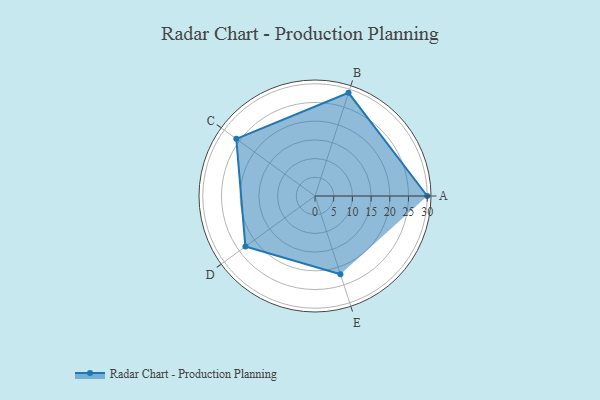
{"axis": {"x": "Skill", "y": "Score"}, "legend": ["Profile"], "data": [{"x": "A", "y": 30.0, "type": "Profile"}, {"x": "B", "y": 29.0, "type": "Profile"}, {"x": "C", "y": 26.0, "type": "Profile"}, {"x": "D", "y": 23.0, "type": "Profile"}, {"x": "E", "y": 22.0, "type": "Profile"}]}